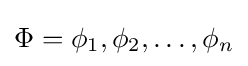
\Phi ={\phi _{1},\phi _{2},\ldots ,\phi _{n}}